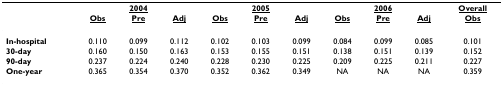
|  |  | <underline>2004</underline> |  |  | <underline>2005</underline> |  |  | <underline>2006</underline> |  | <underline>Overall</underline> |
 |  | <underline>Obs</underline> | <underline>Pre</underline> | <underline>Adj</underline> | <underline>Obs</underline> | <underline>Pre</underline> | <underline>Adj</underline> | <underline>Obs</underline> | <underline>Pre</underline> | <underline>Adj</underline> | <underline>Obs</underline> |
 | --- | --- | --- | --- | --- | --- | --- | --- | --- | --- | --- |
 | In-hospital | 0.110 | 0.099 | 0.112 | 0.102 | 0.103 | 0.099 | 0.084 | 0.099 | 0.085 | 0.101 |
 | 30-day | 0.160 | 0.150 | 0.163 | 0.153 | 0.155 | 0.151 | 0.138 | 0.151 | 0.139 | 0.152 |
 | 90-day | 0.237 | 0.224 | 0.240 | 0.228 | 0.230 | 0.225 | 0.209 | 0.225 | 0.211 | 0.227 |
 | One-year | 0.365 | 0.354 | 0.370 | 0.352 | 0.362 | 0.349 | NA | NA | NA | 0.359 |